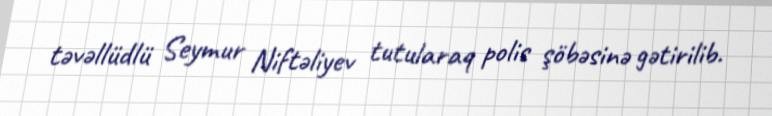
təvəllüdlü Seymur Niftəliyev tutularaq polis şöbəsinə gətirilib.